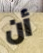
أن